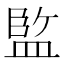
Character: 𭾆